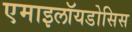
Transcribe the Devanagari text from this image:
एमाइलॉयडोसिस